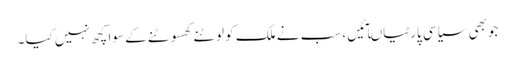
جوبھی سیاسی پارٹیاںآئیں، سب نے ملک کو لوٹنے کھسوٹنے کے سوا کچھ نہیں کیا۔